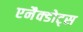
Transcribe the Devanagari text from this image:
एनैक्डोट्स